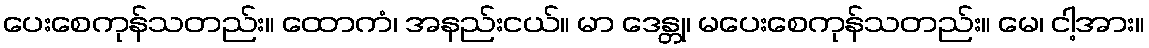
ပေးစေကုန်သတည်း။ ထောကံ၊ အနည်းငယ်။ မာ ဒေန္တု၊ မပေးစေကုန်သတည်း။ မေ၊ ငါ့အား။